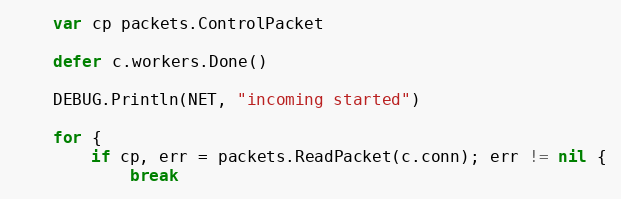
Language: Go
	var cp packets.ControlPacket

	defer c.workers.Done()

	DEBUG.Println(NET, "incoming started")

	for {
		if cp, err = packets.ReadPacket(c.conn); err != nil {
			break